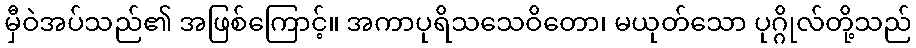
မှီဝဲအပ်သည်၏ အဖြစ်ကြောင့်။ အကာပုရိသသေဝိတော၊ မယုတ်သော ပုဂ္ဂိုလ်တို့သည်